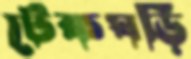
টেকঘড়ি